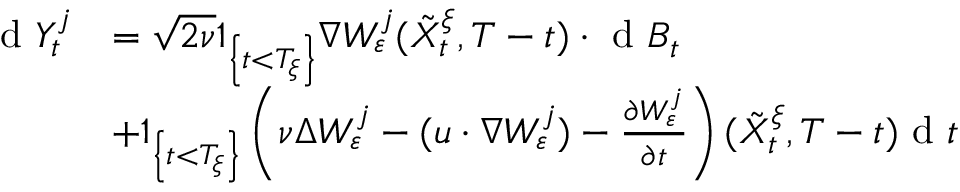
\begin{array} { r l } { \textrm { d } Y _ { t } ^ { j } } & { = \sqrt { 2 \nu } 1 _ { \left\{ t < T _ { \xi } \right\} } \nabla W _ { \varepsilon } ^ { j } ( \tilde { X } _ { t } ^ { \xi } , T - t ) \cdot \textrm { d } B _ { t } } \\ & { + 1 _ { \left\{ t < T _ { \xi } \right\} } \left( \nu \Delta W _ { \varepsilon } ^ { j } - ( u \cdot \nabla W _ { \varepsilon } ^ { j } ) - \frac { \partial W _ { \varepsilon } ^ { j } } { \partial t } \right) ( \tilde { X } _ { t } ^ { \xi } , T - t ) \textrm { d } t } \end{array}